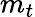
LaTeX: m_{t}